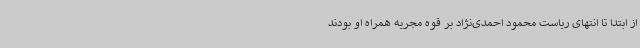
از ابتدا تا انتهای ریاست محمود احمدی‌نژاد بر قوه مجریه همراه او بودند